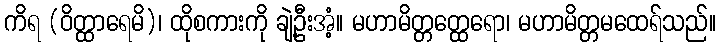
ကိရ (ဝိတ္ထာရေမိ)၊ ထိုစကားကို ချဲ့ဦးအံ့။ မဟာမိတ္တတ္ထေရော၊ မဟာမိတ္တမထေရ်သည်။